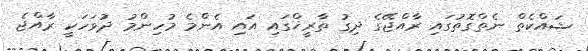
ޝައްކެތް ނެތްގޮތުގައި ރާއްޖޭގެ ދިގު ތާރީޚްގައި އައި އެންމެ މުހިންމު ދުވަހަކީ ރާއްޖެ